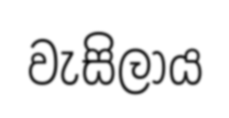
වැසිලාය